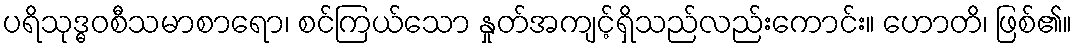
ပရိသုဒ္ဓဝစီသမာစာရော၊ စင်ကြယ်သော နှုတ်အကျင့်ရှိသည်လည်းကောင်း။ ဟောတိ၊ ဖြစ်၏။